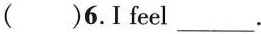
( )6. I feel ___.